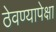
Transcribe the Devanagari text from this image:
ठेवण्यापेक्षा